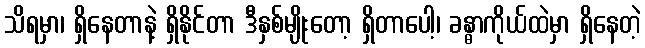
သိရမှာ၊ ရှိနေတာနဲ့ ရှိနိုင်တာ ဒီနှစ်မျိုးတော့ ရှိတာပေါ့၊ ခန္ဓာကိုယ်ထဲမှာ ရှိနေတဲ့